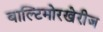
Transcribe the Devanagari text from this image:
बाल्टिमोरखेरीज